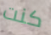
كنت